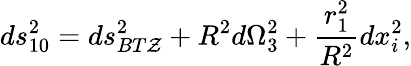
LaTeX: ds_{10}^{2}=ds_{BT\mathcal{Z}}^{2}+R^{2}d\Omega_{3}^{2}+{\frac{{r_{1}^{2}}}{{R^{2}}}}dx_{i}^{2},